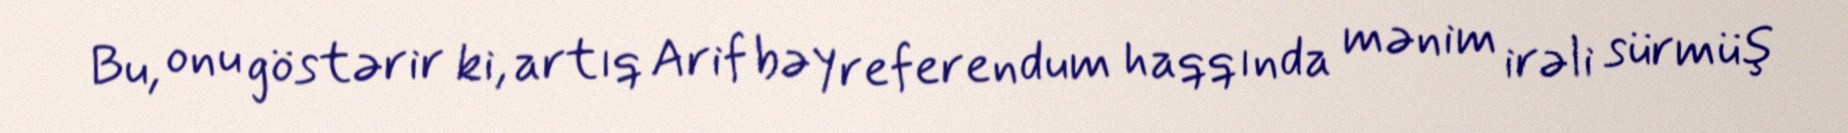
Bu, onu göstərir ki, artıq Arif bəy referendum haqqında mənim irəli sürmüş